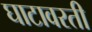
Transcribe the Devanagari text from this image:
घाटावरती